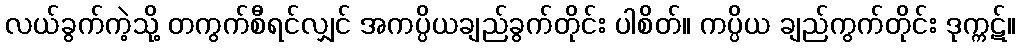
လယ်ခွက်ကဲ့သို့ တကွက်စီရင်လျှင် အကပ္ပိယချည်ခွက်တိုင်း ပါစိတ်။ ကပ္ပိယ ချည်ကွက်တိုင်း ဒုက္ကဋ်။